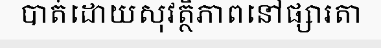
បាត់ដោយសុវត្ថិភាពនៅផ្សារតា